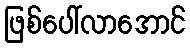
ဖြစ်ပေါ်လာအောင်